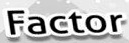
Factor